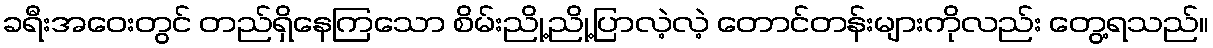
ခရီးအဝေးတွင် တည်ရှိနေကြသော စိမ်းညို့ညို့ပြာလဲ့လဲ့ တောင်တန်းများကိုလည်း တွေ့ရသည်။